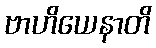
ဗာဟိယေနာတိ